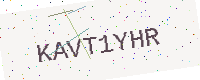
Text: KAVT1YHR